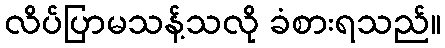
လိပ်ပြာမသန့်သလို ခံစားရသည်။